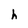
Character: h